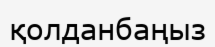
қолданбаңыз